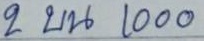
2 บน 1000